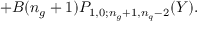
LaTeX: + B ( n _ { g } + 1 ) P _ { 1 , 0 ; n _ { g } + 1 , n _ { q } - 2 } ( Y ) .